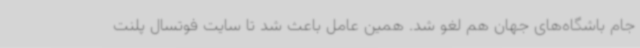
جام باشگاه‌های جهان هم لغو شد. همین عامل باعث شد تا سایت فوتسال پلنت